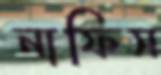
নাফিস